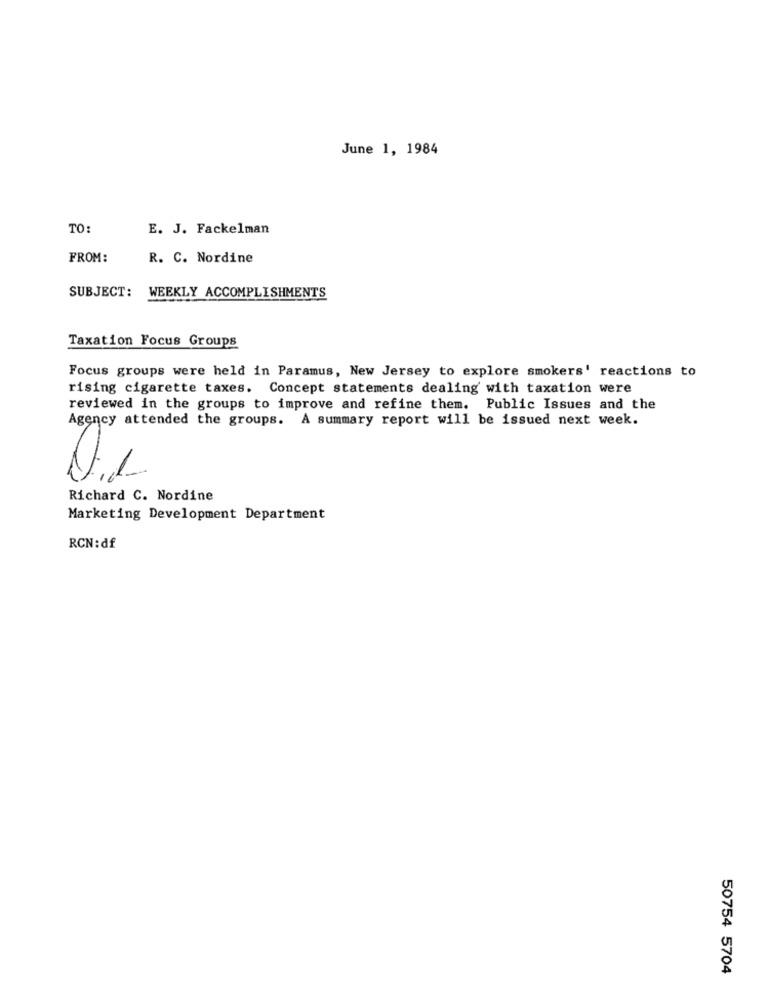
June 1, 1984
TO:
E. J. Fackelman
FROM:
R. C. Nordine
SUBJECT:
WEEKLY ACCOMPLISHMENTS
Taxation Focus Groups
Focus groups were held in Paramus, New Jersey to explore smokers' reactions to
rising cigarette taxes. Concept statements dealing with taxation were
reviewed in the groups to improve and refine them. Public Issues and the
Agency attended the groups. A summary report will be issued next week.
Richard C. Nordine
Marketing Development Department
RCN:df
50754 5704